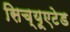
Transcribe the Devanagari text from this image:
सिच्यूएटेड